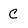
Character: C